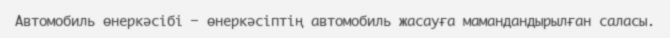
Автомобиль өнеркәсібі — өнеркәсіптің автомобиль жасауға мамандандырылған саласы.